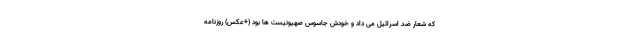
که شعار ضد اسرائیل می داد و خودش جاسوس صهیونیست ها بود (+عکس) روزنامه